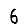
Digit: 6